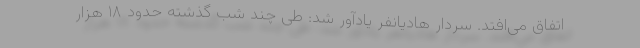
اتفاق می‌افتد. سردار هادیانفر یادآور شد: طی چند شب گذشته حدود ۱۸ هزار